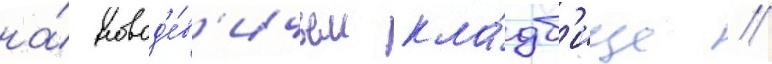
на́ новод'е́в'ичьем кла́дб'ище //